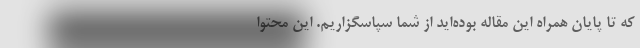
که تا پایان همراه این مقاله بوده‌اید از شما سپاسگزاریم. این محتوا